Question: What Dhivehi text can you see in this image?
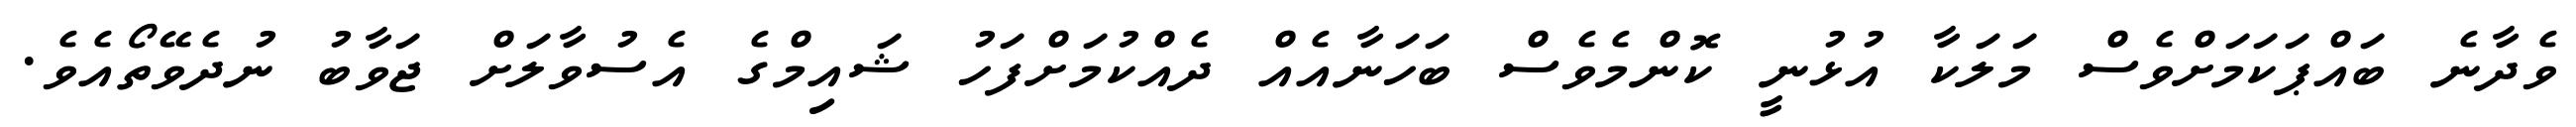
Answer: ވެދާނެ ބައްޕަކަމަށްވެސް މަލަކާ އުޅުނީ ކޮންމެވެސް ބަހަނާއެއް ދެއްކުމަށްފަހު ޝައިމްގެ އެސުވާލަށް ޖަވާބު ނުދެވޭތޯއެވެ.